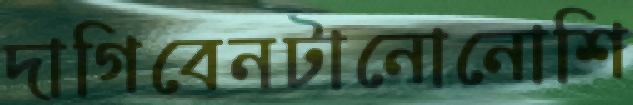
দাগিবেনটানোনোশি